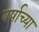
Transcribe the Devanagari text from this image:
वर्षाच्‍या